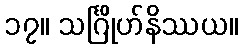
၁၇။ သင်္ဂြိုဟ်နိဿယ။